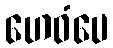
ဟေဝံပေ